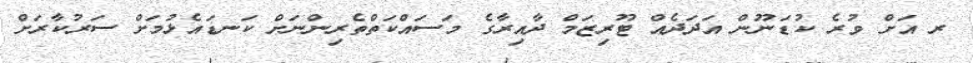
ރ އަށް ވުރެ ކުޑަނޫން އަދަދެއް ޓޫރިޒަމް ދާއިރާގެ މަސައްކަތްތެރިންނަށް ކަނޑައެޅުމަށް ސަރުކާރަށް